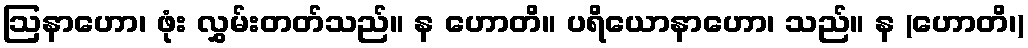
ဩနာဟော၊ ဖုံး လွှမ်းတတ်သည်။ န ဟောတိ။ ပရိယောနာဟော၊ သည်။ န (ဟောတိ၊)